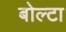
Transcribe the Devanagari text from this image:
बोल्टा